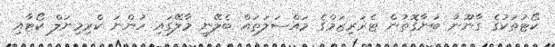
ކޯޓުތަކުގެ ގާނޫނު ބުނާގޮތުން ޓެރަރިޒަމްގެ މައްސަލަތައް ބެލޭނީ މާލޭގައި ހުންނަ ކްރިމިނަލް ކޯޓާއި